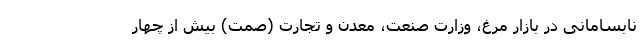
نابسامانی در بازار مرغ، وزارت صنعت، معدن و تجارت (صمت) بیش از چهار